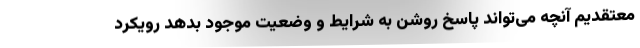
معتقدیم آنچه می‌تواند پاسخ روشن به شرایط و وضعیت موجود بدهد رویکرد